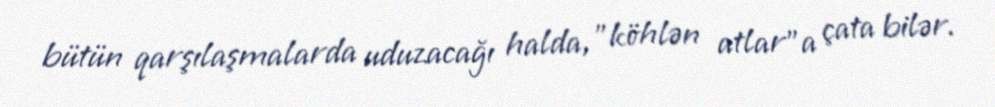
bütün qarşılaşmalarda uduzacağı halda, "köhlən atlar"a çata bilər.